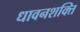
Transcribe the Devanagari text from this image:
धावनशक्ति